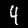
Label: 4